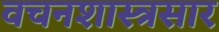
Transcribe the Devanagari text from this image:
वचनशास्त्रसार